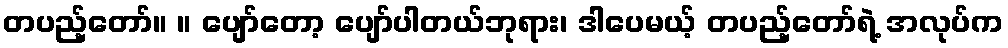
တပည့်တော်။ ။ ပျော်တော့ ပျော်ပါတယ်ဘုရား၊ ဒါပေမယ့် တပည့်တော်ရဲ့ အလုပ်က